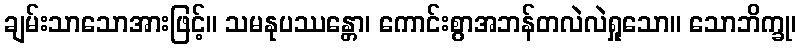
ချမ်းသာသောအားဖြင့်။ သမနုပဿန္တော၊ ကောင်းစွာအဘန်တလဲလဲရှုသော။ သောဘိက္ခု၊